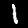
Label: 1